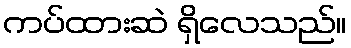
ကပ်ထားဆဲ ရှိလေသည်။